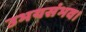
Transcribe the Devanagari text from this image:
उभयसंभव।